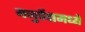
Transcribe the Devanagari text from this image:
यजुर्वेदामध्ये